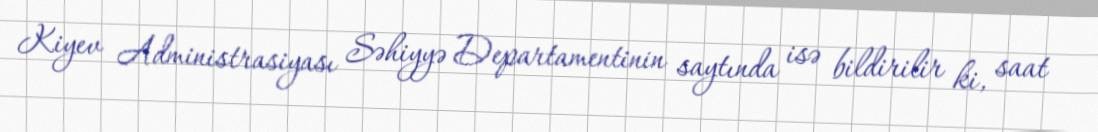
Kiyev Administrasiyası Səhiyyə Departamentinin saytında isə bildirilir ki, saat